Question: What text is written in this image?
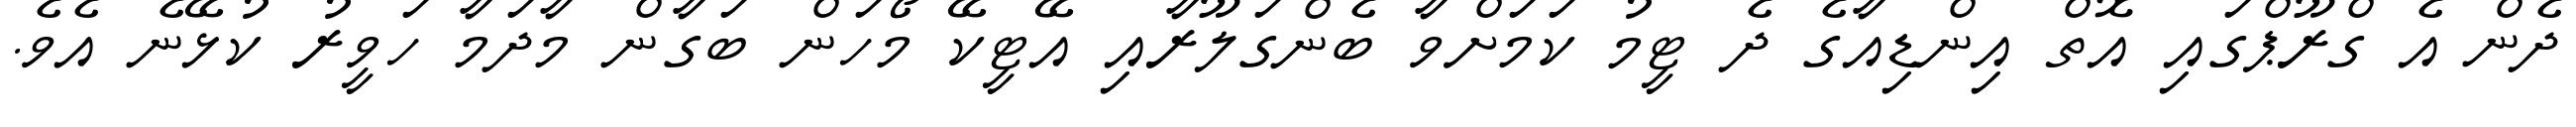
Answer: ދެން އެ ގްރޫޕްގައި އޮތް އިންޑިއާގެ ދެ ޓީމު ކަމަށްވާ ބެންގަލޫރާއި އޭޓީކޭ މޯހަން ބަގާން މާދަމާ ހަވީރު ކުޅޭނެ އެވެ.